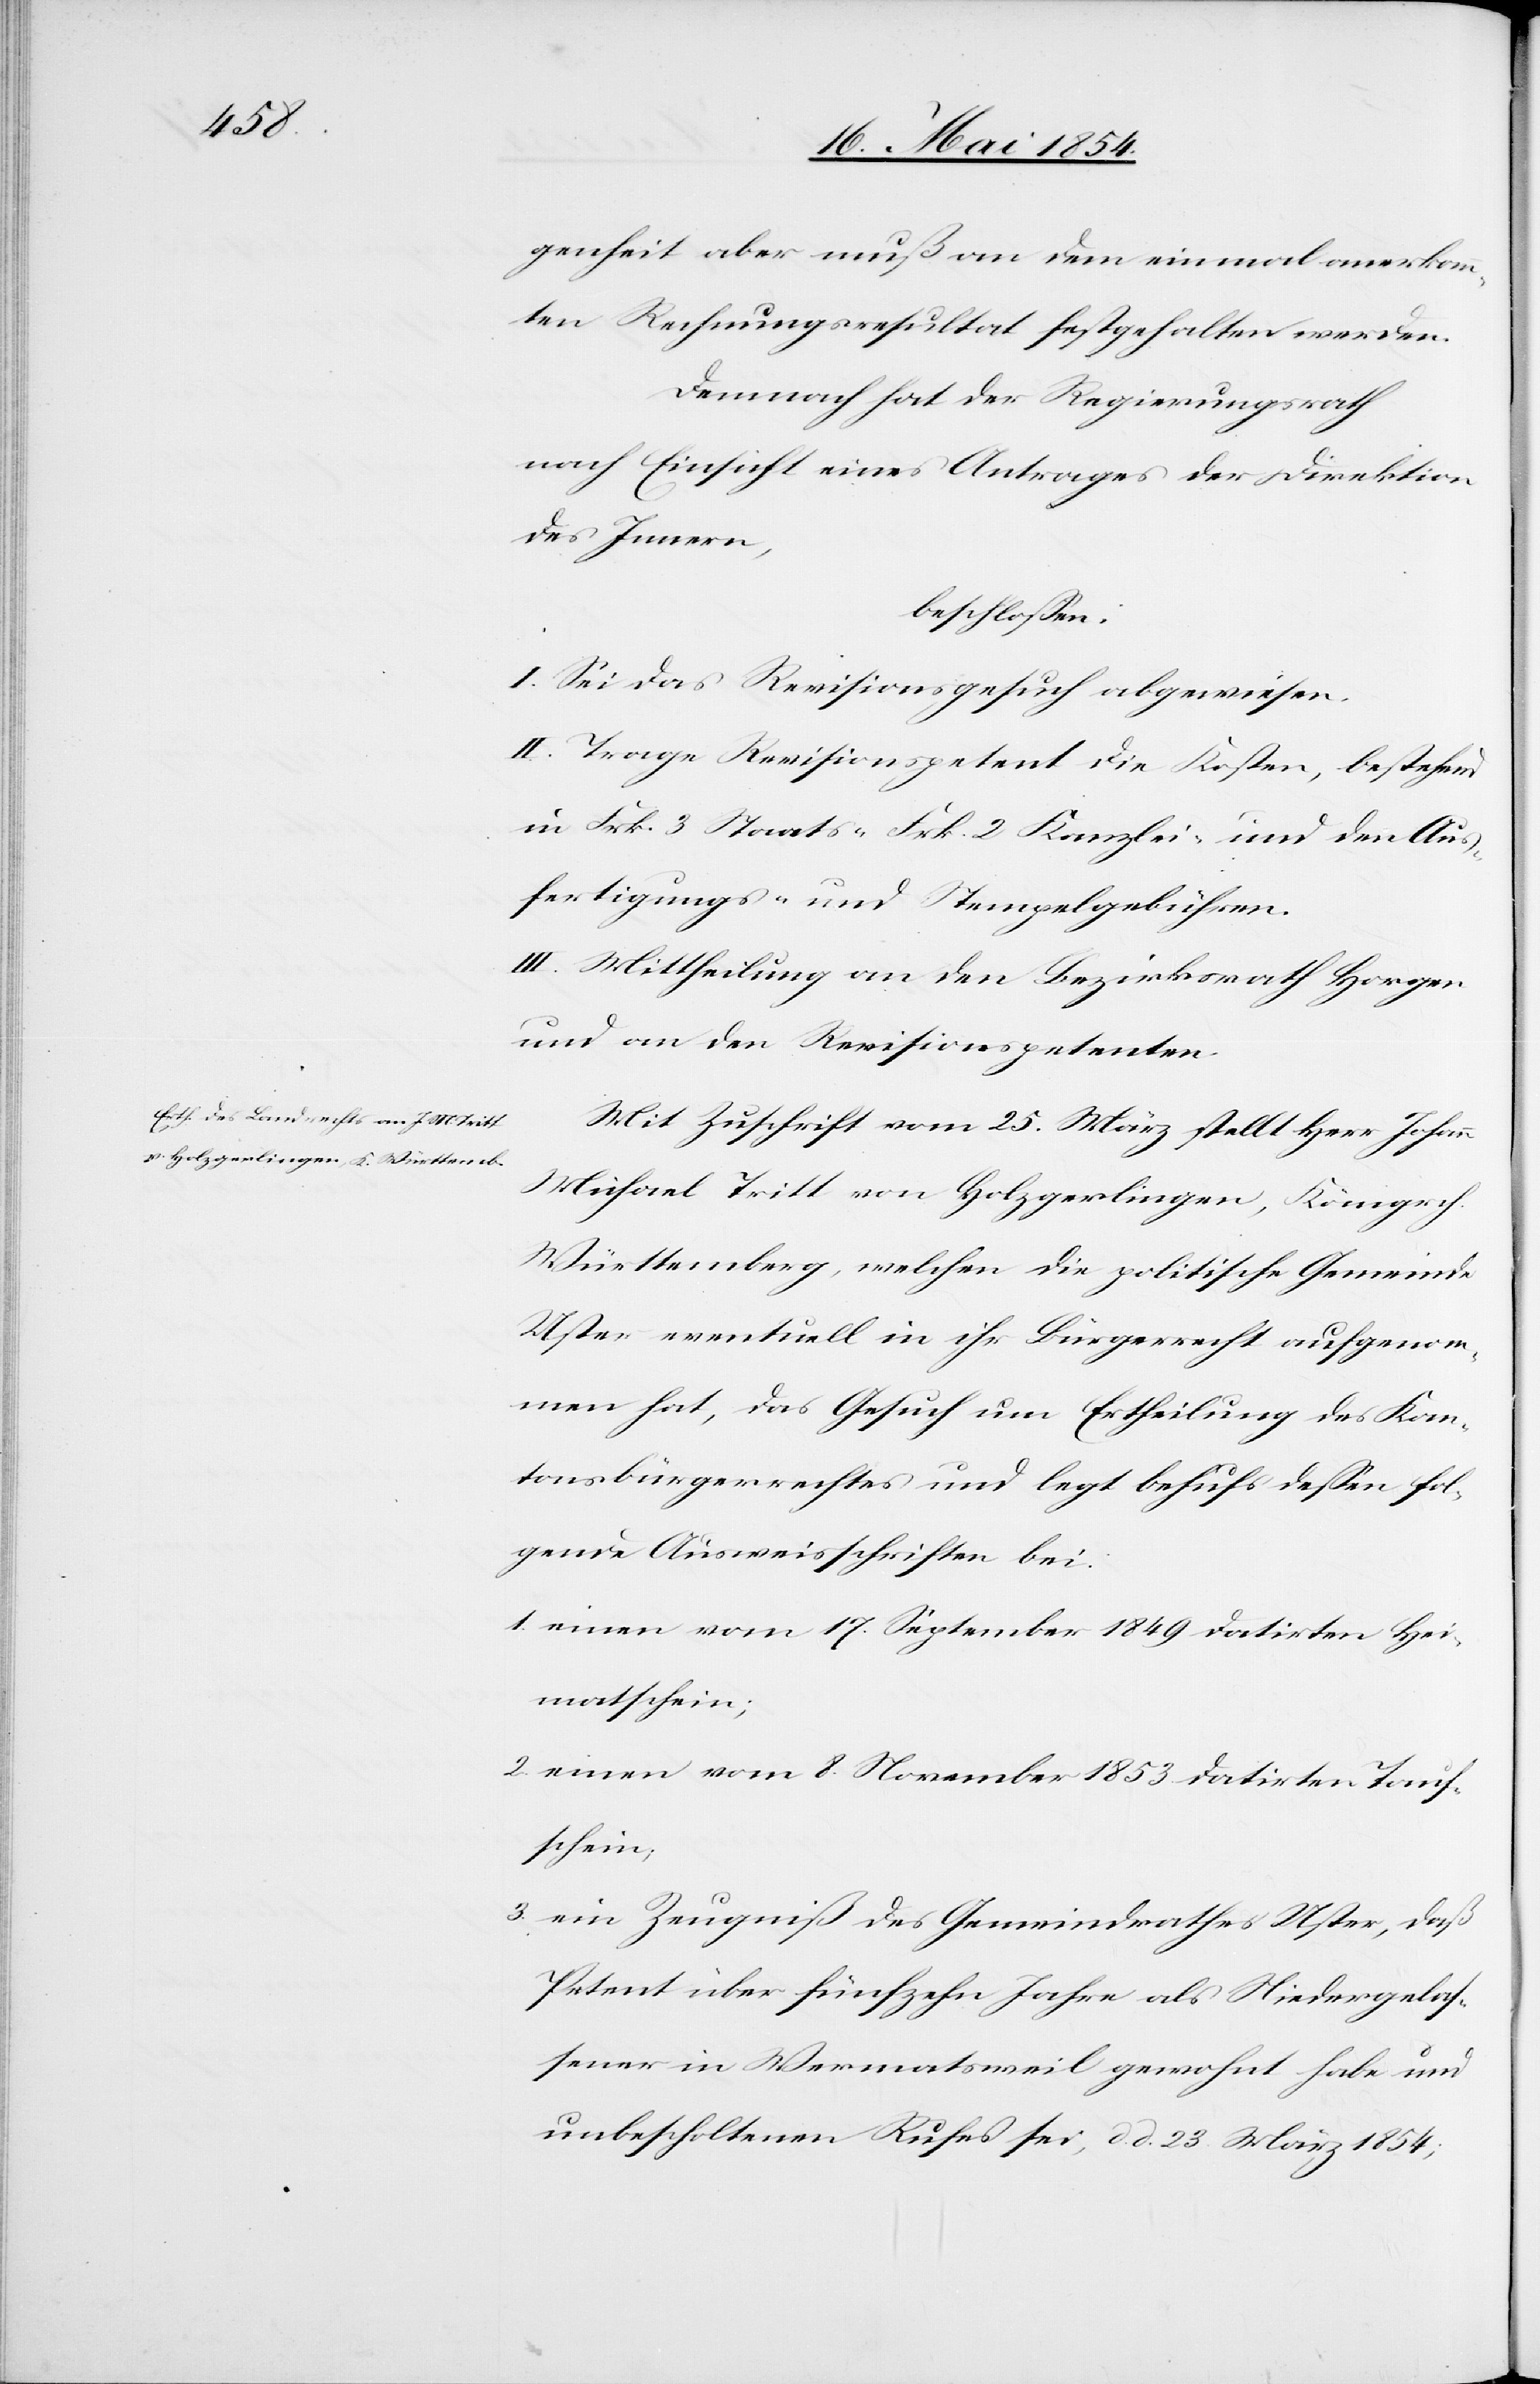
genheit aber muß an dem einmal anerkann¬
ten Rechnungsresultat festgehalten werden.
Demnach hat der Regierungsrath
nach Einsicht eines Antrages der Direktion
des Innern,
beschloßen:
I. Sei das Revisionsgesuch abgewiesen.
II. Trage Revisionspetent die Kosten, bestehend
in Frk. 3 Staats-[,] Frk. 2 Kanzlei- und den Aus¬
fertigungs- und Stempelgebühren.
III. Mittheilung an den Bezirksrath Horgen
und an den Revisionspetenten.
Mit Zuschrift vom 25. März stellt Her Johann
Michael Tritt von Holzgerlingen, Königrch.
Württemberg, welchen die politische Gemeinde
Uster eventuell in ihr Bürgerrecht aufgenom¬
men hat, das Gesuch um Ertheilung des Kan¬
tonsbürgerrechtes und legt behufs deßen fol¬
gende Ausweisschriften bei:
1. einen vom 17. September 1849 datirten Hei¬
matschein;
2. einen vom 8. November 1853 datirten Tauf¬
schein;
3. ein Zeugniß des Gemeindrathes Uster, daß
Petent über fünfzehn Jahre als Niedergelaß¬
ener in Wermatsweil gewohnt habe und
unbescholtenen Rufes sei, d. d. 23. März 1854;